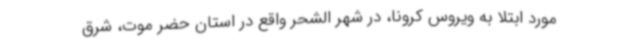
مورد ابتلا به ویروس کرونا، در شهر الشحر واقع در استان حضر موت، شرق